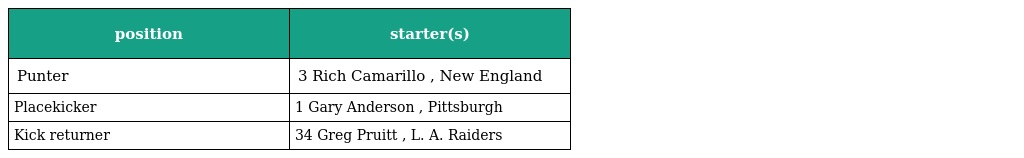
| position | starter(s) |
 | --- | --- |
 | Punter | 3 Rich Camarillo , New England |
 | Placekicker | 1 Gary Anderson , Pittsburgh |
 | Kick returner | 34 Greg Pruitt , L. A. Raiders |